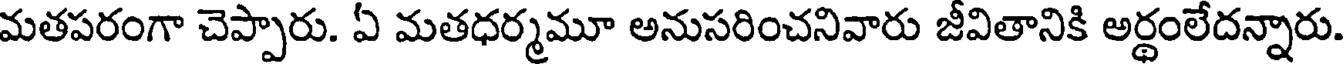
మతపరంగా చెప్పారు. ఏ మతధర్మమూ అనుసరించనివారు జీవితానికి అర్థంలేదన్నారు.